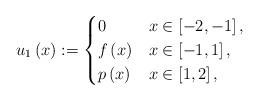
LaTeX: \begin{align*}u_{1}\left( x\right) :=\begin{cases}0 & x\in\left[ -2,-1\right] ,\\f\left( x\right) & x\in\left[ -1,1\right] ,\\p\left( x\right) & x\in\left[ 1,2\right] ,\end{cases}\end{align*}